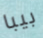
بيبا